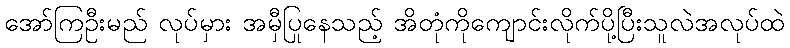
အော်ကြဦးမည် လုပ်မှား အမှီပြုနေသည့် အိတုံကိုကျောင်းလိုက်ပို့ပြီးသူလဲအလုပ်ထဲ